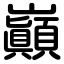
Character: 巔